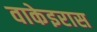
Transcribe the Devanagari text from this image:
वाकेइरास